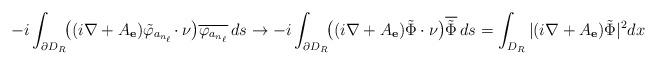
LaTeX: \begin{align*} -i \int_{\partial D_R} \!\!\big( (i\nabla +A_{\mathbf e})\tilde \varphi_{a_{n_\ell}} \!\cdot \nu \big) \overline{\varphi_{a_{n_\ell}}}\,ds \to -i \int_{\partial D_R} \!\!\big( (i\nabla +A_{\mathbf e})\tilde \Phi \cdot \nu \big) \overline{\tilde \Phi}\,ds = \int_{D_R} |(i\nabla + A_{\mathbf e})\tilde\Phi|^2dx\end{align*}